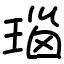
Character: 瑙